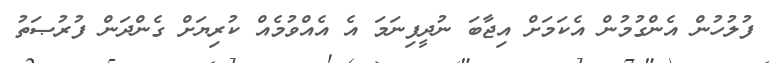
ފުލުހުން އެންގުމުން އެކަމަށް އިޖާބަ ނުދީފިނަމަ އެ އެއްވުމެއް ކުރިޔަށް ގެންދަން ފުރުޞަތު